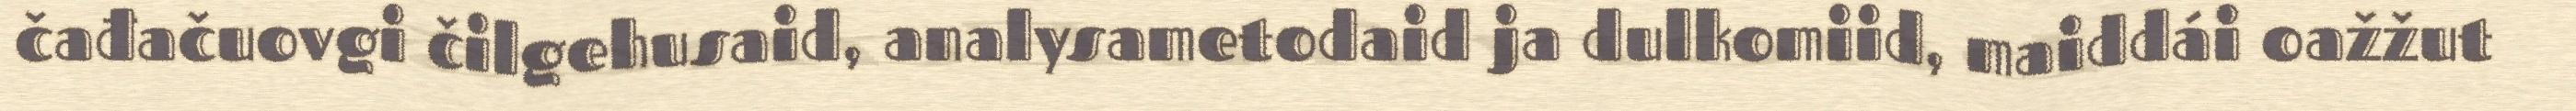
čađačuovgi čilgehusaid, analysametodaid ja dulkomiid, maiddái oažžut